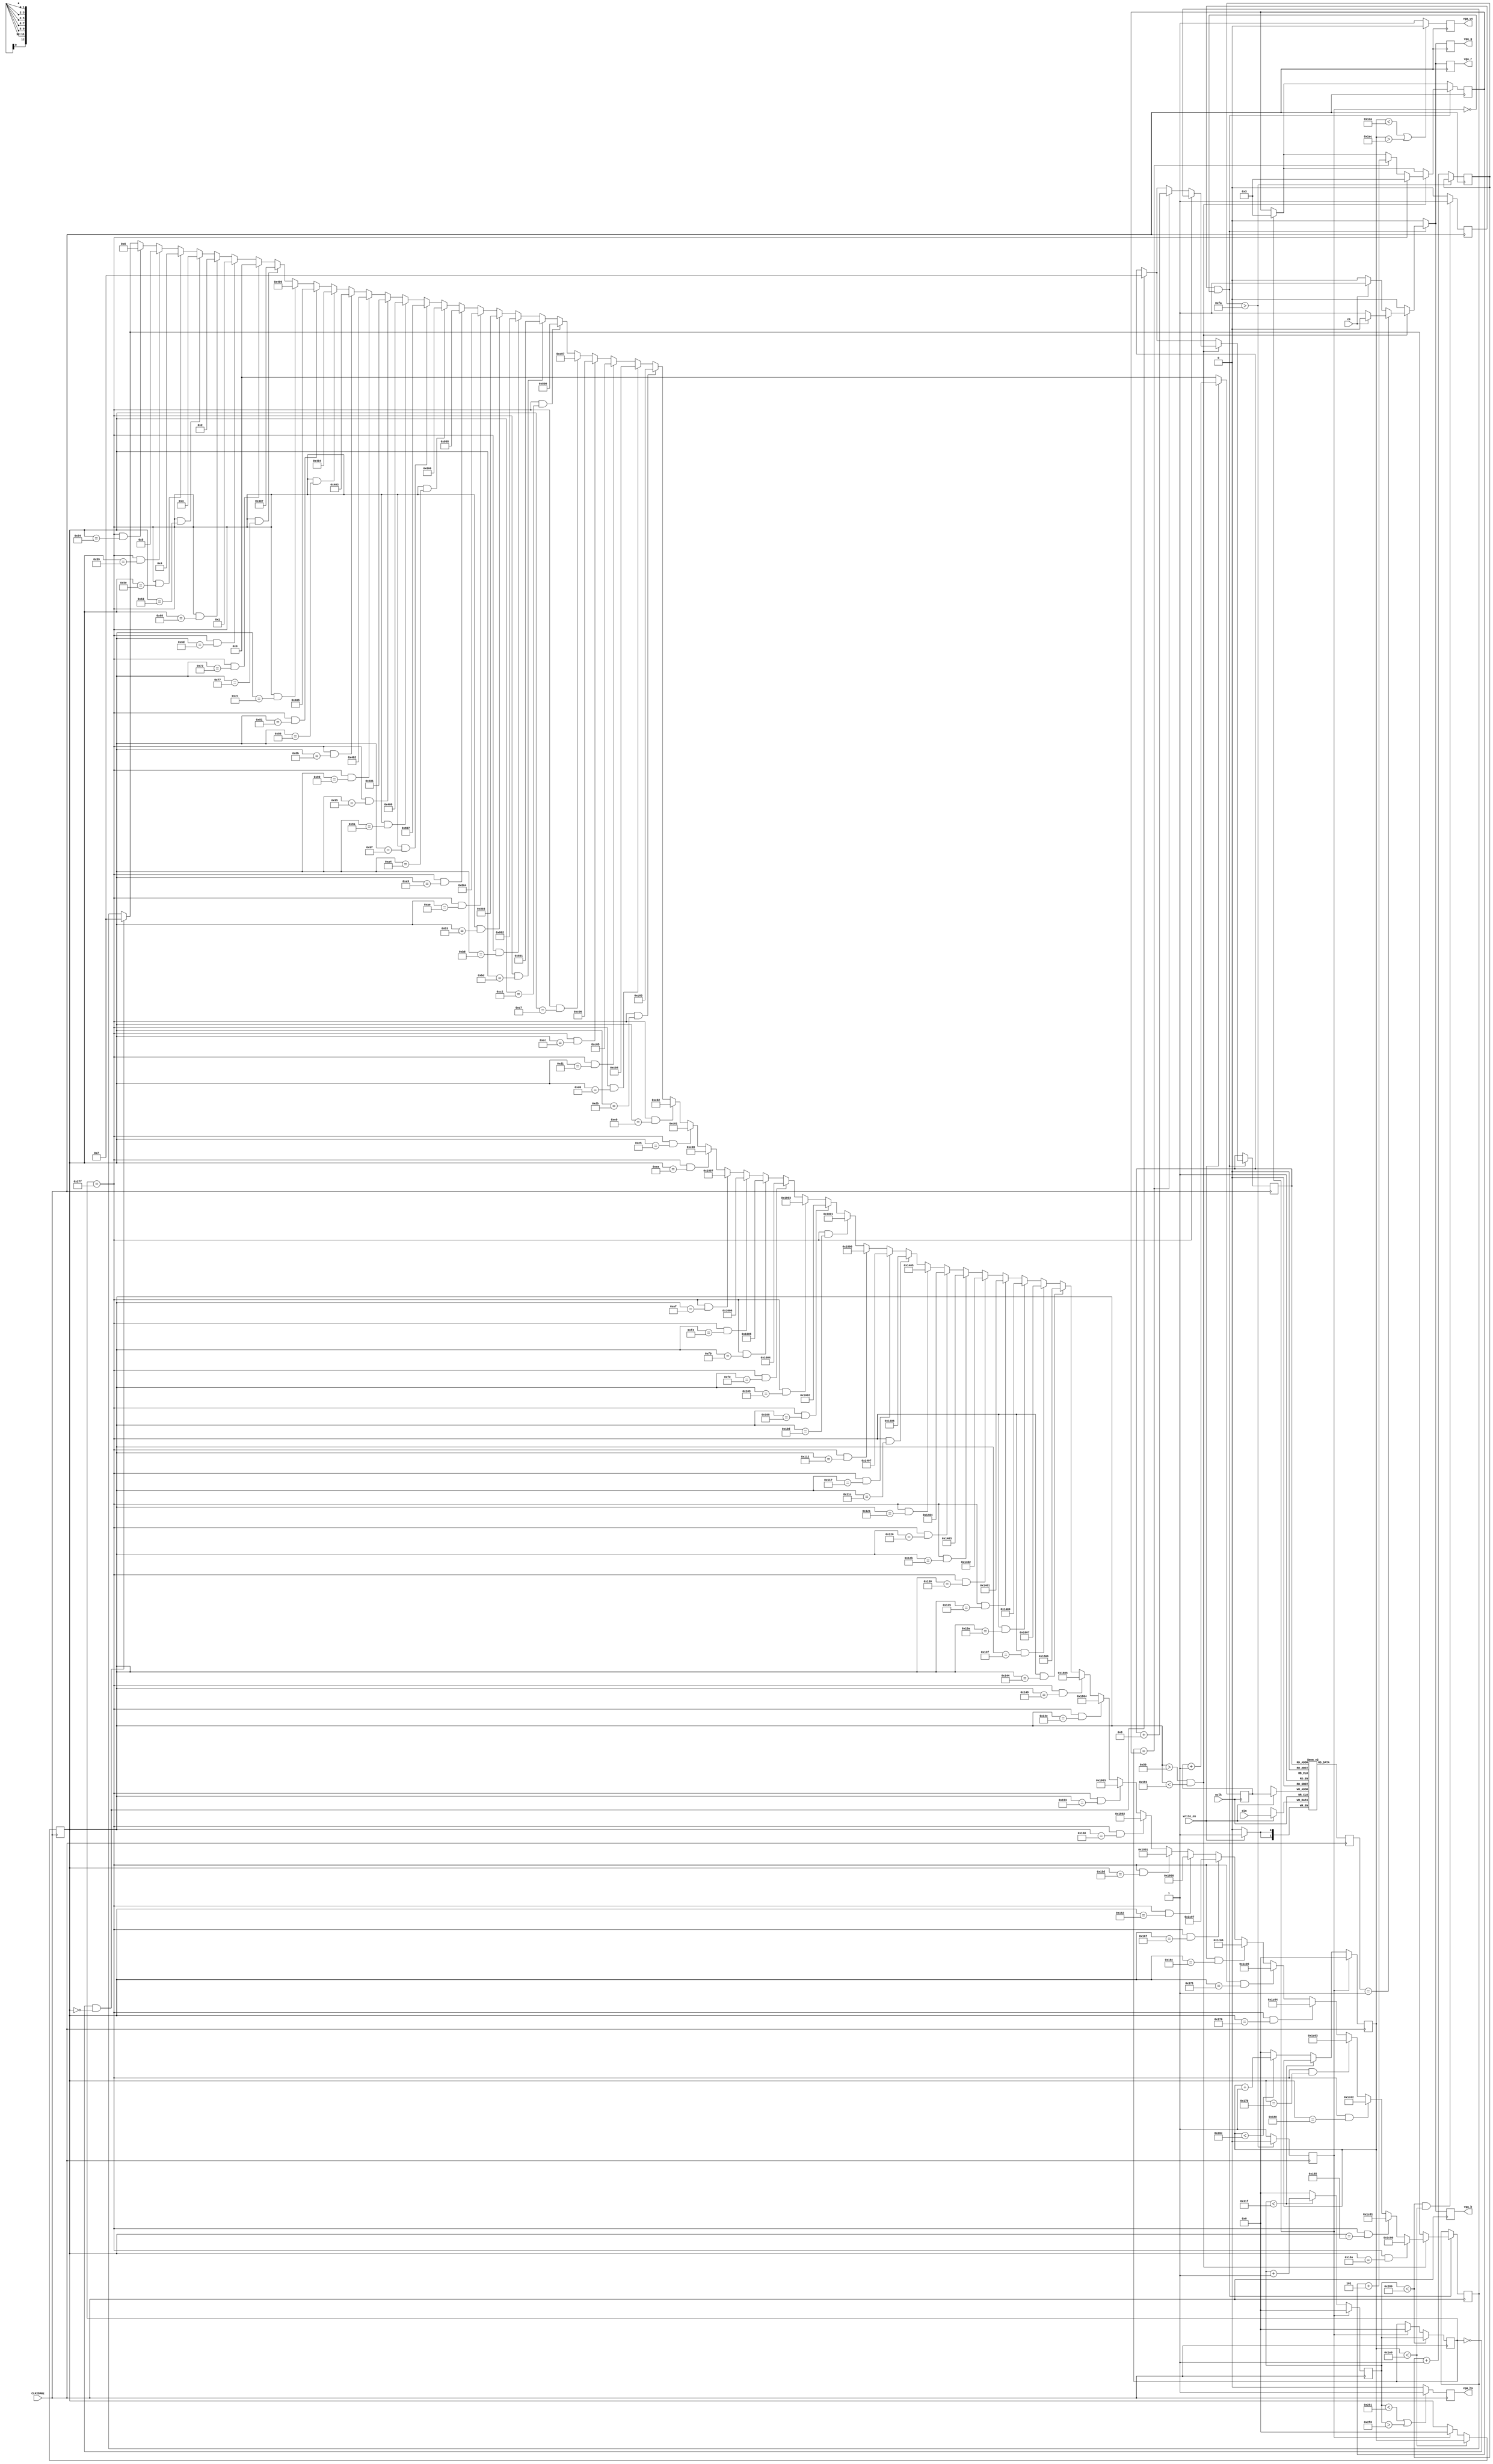
//partially based on the VGA demo code at http://github.com/OLIMEX/iCE40HX1K-EVB

`default_nettype none //disable implicit definitions by Verilog

module top( //top module and signals wired to FPGA pins
    CLK25MHz,
    vga_r,
    vga_g,
    vga_b,
    vga_hs,
    vga_vs,

    wclk,
    write_en,
    din,
    cs,
);

parameter addr_width = 13;
parameter data_width = 2;
reg [data_width-1:0] mem [(1<<addr_width)-1:0];

reg  [data_width-1:0] dout;
wire [addr_width-1:0] raddr;
reg  [addr_width-1:0] raddr_r = 0;
reg  [addr_width-1:0] raddr_temp = 0;
assign raddr = raddr_r;

input cs; // inverse
input wclk;
input write_en; // DC
input [data_width-1:0] din;
wire [addr_width-1:0] waddr;
reg  [addr_width-1:0] waddr_r = 0;
assign waddr = waddr_r;

always @(posedge wclk) // Write memory
begin
  if (write_en) begin
    mem[waddr] <= din; // Using write address bus
    waddr_r <= waddr_r + 1; // Increment address
  end
  else begin
    waddr_r <= 0; // 'VSYNC'
  end
end

input               CLK25MHz;   // Oscillator input 25Mhz
output              vga_r;      // VGA Red 1 bit
output              vga_g;      // VGA Green 1 bit
output              vga_b;      // VGA Blue 1 bit
output              vga_hs;     // H-sync pulse
output              vga_vs;     // V-sync pulse

parameter h_pulse   = 96;   //H-SYNC pulse width 96 * 40 ns (25 Mhz) = 3.84 uS
parameter h_bp      = 48;   //H-BP back porch pulse width
parameter h_pixels  = 640;  //H-PIX Number of pixels horizontally
parameter h_fp      = 16;   //H-FP front porch pulse width
parameter h_pol     = 1'b0; //H-SYNC polarity
parameter h_frame   = 800;  //800 = 96 (H-SYNC) + 48 (H-BP) + 640 (H-PIX) + 16 (H-FP)
parameter v_pulse   = 2;    //V-SYNC pulse width
parameter v_bp      = 33;   //V-BP back porch pulse width
parameter v_pixels  = 480;  //V-PIX Number of pixels vertically
parameter v_fp      = 10;   //V-FP front porch pulse width
parameter v_pol     = 1'b1; //V-SYNC polarity
parameter v_frame   = 525;  //525 = 2 (V-SYNC) + 33 (V-BP) + 480 (V-PIX) + 10 (V-FP)

reg                 vga_r_r;  //VGA colour registers R,G,B x 1 bit
reg                 vga_g_r;
reg                 vga_b_r;
reg                 vga_hs_r; //H-SYNC register
reg                 vga_vs_r; //V-SYNC register

assign  vga_r       = vga_r_r; //assign the output signals for VGA to the VGA registers
assign  vga_g       = vga_g_r;
assign  vga_b       = vga_b_r;
assign  vga_hs      = vga_hs_r;
assign  vga_vs      = vga_vs_r;

reg     [7:0]       timer_t = 8'b0; //8-bit timer with 0 initialization
reg                 reset = 1;
reg     [9:0]       c_row;      //visible frame register row
reg     [9:0]       c_col;      //visible frame register column
reg     [9:0]       c_hor;      //complete frame register horizontally
reg     [9:0]       c_ver;      //complete frame register vertically
reg     [9:0]       scale_col;  //counter for scaling horizontally

reg                 disp_en; //display enable flag

always @ (posedge CLK25MHz) begin

begin
  dout <= mem[raddr]; // Read memory
end

    if(timer_t > 250) begin //generate 10 uS RESET signal
        reset <= 0;
    end
    else begin
        reset <= 1;              //while in reset display is disabled
        timer_t <= timer_t + 1;
        disp_en <= 0;
    end

    if(reset == 1) begin         //while RESET is high init counters
        c_hor <= 0;
        c_ver <= 0;
        vga_hs_r <= 1;
        vga_vs_r <= 0;
        c_row <= 0;
        c_col <= 0;
        scale_col <= 3;
    end
    else begin //update current beam position
        if(c_hor < h_frame - 1) begin
            c_hor <= c_hor + 1;
        end
        else begin
            c_hor <= 0;
            if(c_ver < v_frame - 1) begin
                c_ver <= c_ver + 1;
            end
            else begin
                c_ver <= 0;
            end
        end
    end
    if(c_hor < h_pixels + h_fp + 1 || c_hor > h_pixels + h_fp + h_pulse) begin //H-SYNC generator
        vga_hs_r <= ~h_pol;
    end
    else begin
        vga_hs_r <= h_pol;
    end
    if(c_ver < v_pixels + v_fp || c_ver > v_pixels + v_fp + v_pulse) begin     //V-SYNC generator
        vga_vs_r <= ~v_pol;
    end
    else begin
        vga_vs_r <= v_pol;
    end
    if(c_hor < h_pixels) begin //c_col and c_row counters are updated only in the visible time-frame
        c_col <= c_hor;
    end
    if(c_ver < v_pixels) begin
        c_row <= c_ver;
    end
    if(c_hor < h_pixels && c_ver < v_pixels) begin //VGA colour signals are enabled only in the visible time frame
        disp_en <= 1;
    end
    else begin
        disp_en <= 0;
    end
    if(disp_en == 1 && reset == 0) begin

        if(c_col == 0 && c_row == 0) begin //pixel buffer address 0
          raddr_r <= 7;
          raddr_temp <= 7;
        end

        if(c_row > 80 && c_row < 401) begin
            if(dout == 1) begin //check pixel buffer data
              if(cs) begin //inverse
                vga_r_r <= 0;
                vga_g_r <= 0;
                vga_b_r <= 0;
              end
              else begin
                vga_r_r <= 1;
                vga_g_r <= 1;
                vga_b_r <= 1;
              end
            end
            else begin
              if(cs) begin //inverse
                vga_r_r <= 1;
                vga_g_r <= 1;
                vga_b_r <= 1;
              end
              else begin
                vga_r_r <= 0;
                vga_g_r <= 0;
                vga_b_r <= 0;
              end
            end

            if(c_col == scale_col) begin
              scale_col <= scale_col + 5;
              //and increment pixel buffer address horizontally (+8)
              raddr_r <= raddr_r + 8;
            end

            if(c_col == 639) begin //reset before the start of each line
              scale_col <= 3;
              //and set pixel buffer address back to beginning of line
              raddr_r <= raddr_temp;
            end

            if(c_col == 639 && c_row == 84) begin
              raddr_temp <= 6;
            end
            if(c_col == 639 && c_row == 89) begin
              raddr_temp <= 5;
            end
            if(c_col == 639 && c_row == 94) begin
              raddr_temp <= 4;
            end
            if(c_col == 639 && c_row == 99) begin
              raddr_temp <= 3;
            end
            if(c_col == 639 && c_row == 104) begin
              raddr_temp <= 2;
            end
            if(c_col == 639 && c_row == 109) begin
              raddr_temp <= 1;
            end
            if(c_col == 639 && c_row == 114) begin
              raddr_temp <= 0;
            end

            if(c_col == 639 && c_row == 119) begin
              raddr_temp <= 1031;
            end
            if(c_col == 639 && c_row == 124) begin
              raddr_temp <= 1030;
            end
            if(c_col == 639 && c_row == 129) begin
              raddr_temp <= 1029;
            end
            if(c_col == 639 && c_row == 134) begin
              raddr_temp <= 1028;
            end
            if(c_col == 639 && c_row == 139) begin
              raddr_temp <= 1027;
            end
            if(c_col == 639 && c_row == 144) begin
              raddr_temp <= 1026;
            end
            if(c_col == 639 && c_row == 149) begin
              raddr_temp <= 1025;
            end
            if(c_col == 639 && c_row == 154) begin
              raddr_temp <= 1024;
            end

            if(c_col == 639 && c_row == 159) begin
              raddr_temp <= 2055;
            end
            if(c_col == 639 && c_row == 164) begin
              raddr_temp <= 2054;
            end
            if(c_col == 639 && c_row == 169) begin
              raddr_temp <= 2053;
            end
            if(c_col == 639 && c_row == 174) begin
              raddr_temp <= 2052;
            end
            if(c_col == 639 && c_row == 179) begin
              raddr_temp <= 2051;
            end
            if(c_col == 639 && c_row == 184) begin
              raddr_temp <= 2050;
            end
            if(c_col == 639 && c_row == 189) begin
              raddr_temp <= 2049;
            end
            if(c_col == 639 && c_row == 194) begin
              raddr_temp <= 2048;
            end

            if(c_col == 639 && c_row == 199) begin
              raddr_temp <= 3079;
            end
            if(c_col == 639 && c_row == 204) begin
              raddr_temp <= 3078;
            end
            if(c_col == 639 && c_row == 209) begin
              raddr_temp <= 3077;
            end
            if(c_col == 639 && c_row == 214) begin
              raddr_temp <= 3076;
            end
            if(c_col == 639 && c_row == 219) begin
              raddr_temp <= 3075;
            end
            if(c_col == 639 && c_row == 224) begin
              raddr_temp <= 3074;
            end
            if(c_col == 639 && c_row == 229) begin
              raddr_temp <= 3073;
            end
            if(c_col == 639 && c_row == 234) begin
              raddr_temp <= 3072;
            end

            if(c_col == 639 && c_row == 239) begin
              raddr_temp <= 4103;
            end
            if(c_col == 639 && c_row == 244) begin
              raddr_temp <= 4102;
            end
            if(c_col == 639 && c_row == 249) begin
              raddr_temp <= 4101;
            end
            if(c_col == 639 && c_row == 254) begin
              raddr_temp <= 4100;
            end
            if(c_col == 639 && c_row == 259) begin
              raddr_temp <= 4099;
            end
            if(c_col == 639 && c_row == 264) begin
              raddr_temp <= 4098;
            end
            if(c_col == 639 && c_row == 269) begin
              raddr_temp <= 4097;
            end
            if(c_col == 639 && c_row == 274) begin
              raddr_temp <= 4096;
            end

            if(c_col == 639 && c_row == 279) begin
              raddr_temp <= 5127;
            end
            if(c_col == 639 && c_row == 284) begin
              raddr_temp <= 5126;
            end
            if(c_col == 639 && c_row == 289) begin
              raddr_temp <= 5125;
            end
            if(c_col == 639 && c_row == 294) begin
              raddr_temp <= 5124;
            end
            if(c_col == 639 && c_row == 299) begin
              raddr_temp <= 5123;
            end
            if(c_col == 639 && c_row == 304) begin
              raddr_temp <= 5122;
            end
            if(c_col == 639 && c_row == 309) begin
              raddr_temp <= 5121;
            end
            if(c_col == 639 && c_row == 314) begin
              raddr_temp <= 5120;
            end

            if(c_col == 639 && c_row == 319) begin
              raddr_temp <= 6151;
            end
            if(c_col == 639 && c_row == 324) begin
              raddr_temp <= 6150;
            end
            if(c_col == 639 && c_row == 329) begin
              raddr_temp <= 6149;
            end
            if(c_col == 639 && c_row == 334) begin
              raddr_temp <= 6148;
            end
            if(c_col == 639 && c_row == 339) begin
              raddr_temp <= 6147;
            end
            if(c_col == 639 && c_row == 344) begin
              raddr_temp <= 6146;
            end
            if(c_col == 639 && c_row == 349) begin
              raddr_temp <= 6145;
            end
            if(c_col == 639 && c_row == 354) begin
              raddr_temp <= 6144;
            end

            if(c_col == 639 && c_row == 359) begin
              raddr_temp <= 7175;
            end
            if(c_col == 639 && c_row == 364) begin
              raddr_temp <= 7174;
            end
            if(c_col == 639 && c_row == 369) begin
              raddr_temp <= 7173;
            end
            if(c_col == 639 && c_row == 374) begin
              raddr_temp <= 7172;
            end
            if(c_col == 639 && c_row == 379) begin
              raddr_temp <= 7171;
            end
            if(c_col == 639 && c_row == 384) begin
              raddr_temp <= 7170;
            end
            if(c_col == 639 && c_row == 389) begin
              raddr_temp <= 7169;
            end
            if(c_col == 639 && c_row == 394) begin
              raddr_temp <= 7168;
            end

        end
        else begin //everything else is black
            vga_r_r <= 0;
            vga_g_r <= 0;
            vga_b_r <= 0;
        end
    end
    else begin //when display is not enabled everything is black
        vga_r_r <= 0;
        vga_g_r <= 0;
        vga_b_r <= 0;
    end

end

endmodule